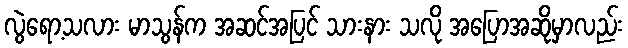
လွဲရော့သလား မာသွန်က အဆင်အပြင် သားနား သလို အပြောအဆိုမှာလည်း